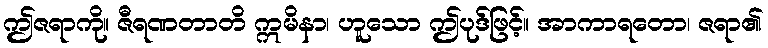
ဤဇရာကို။ ဇီရဏတာတိ ဣမိနာ၊ ဟူသော ဤပုဒ်ဖြင့်။ အာကာရတော၊ ဇရာ၏